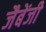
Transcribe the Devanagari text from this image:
जैबेंजी